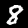
Label: 8